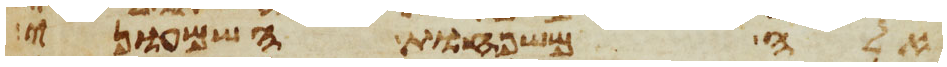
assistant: אלה משפחות השמעוני